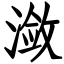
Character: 潋